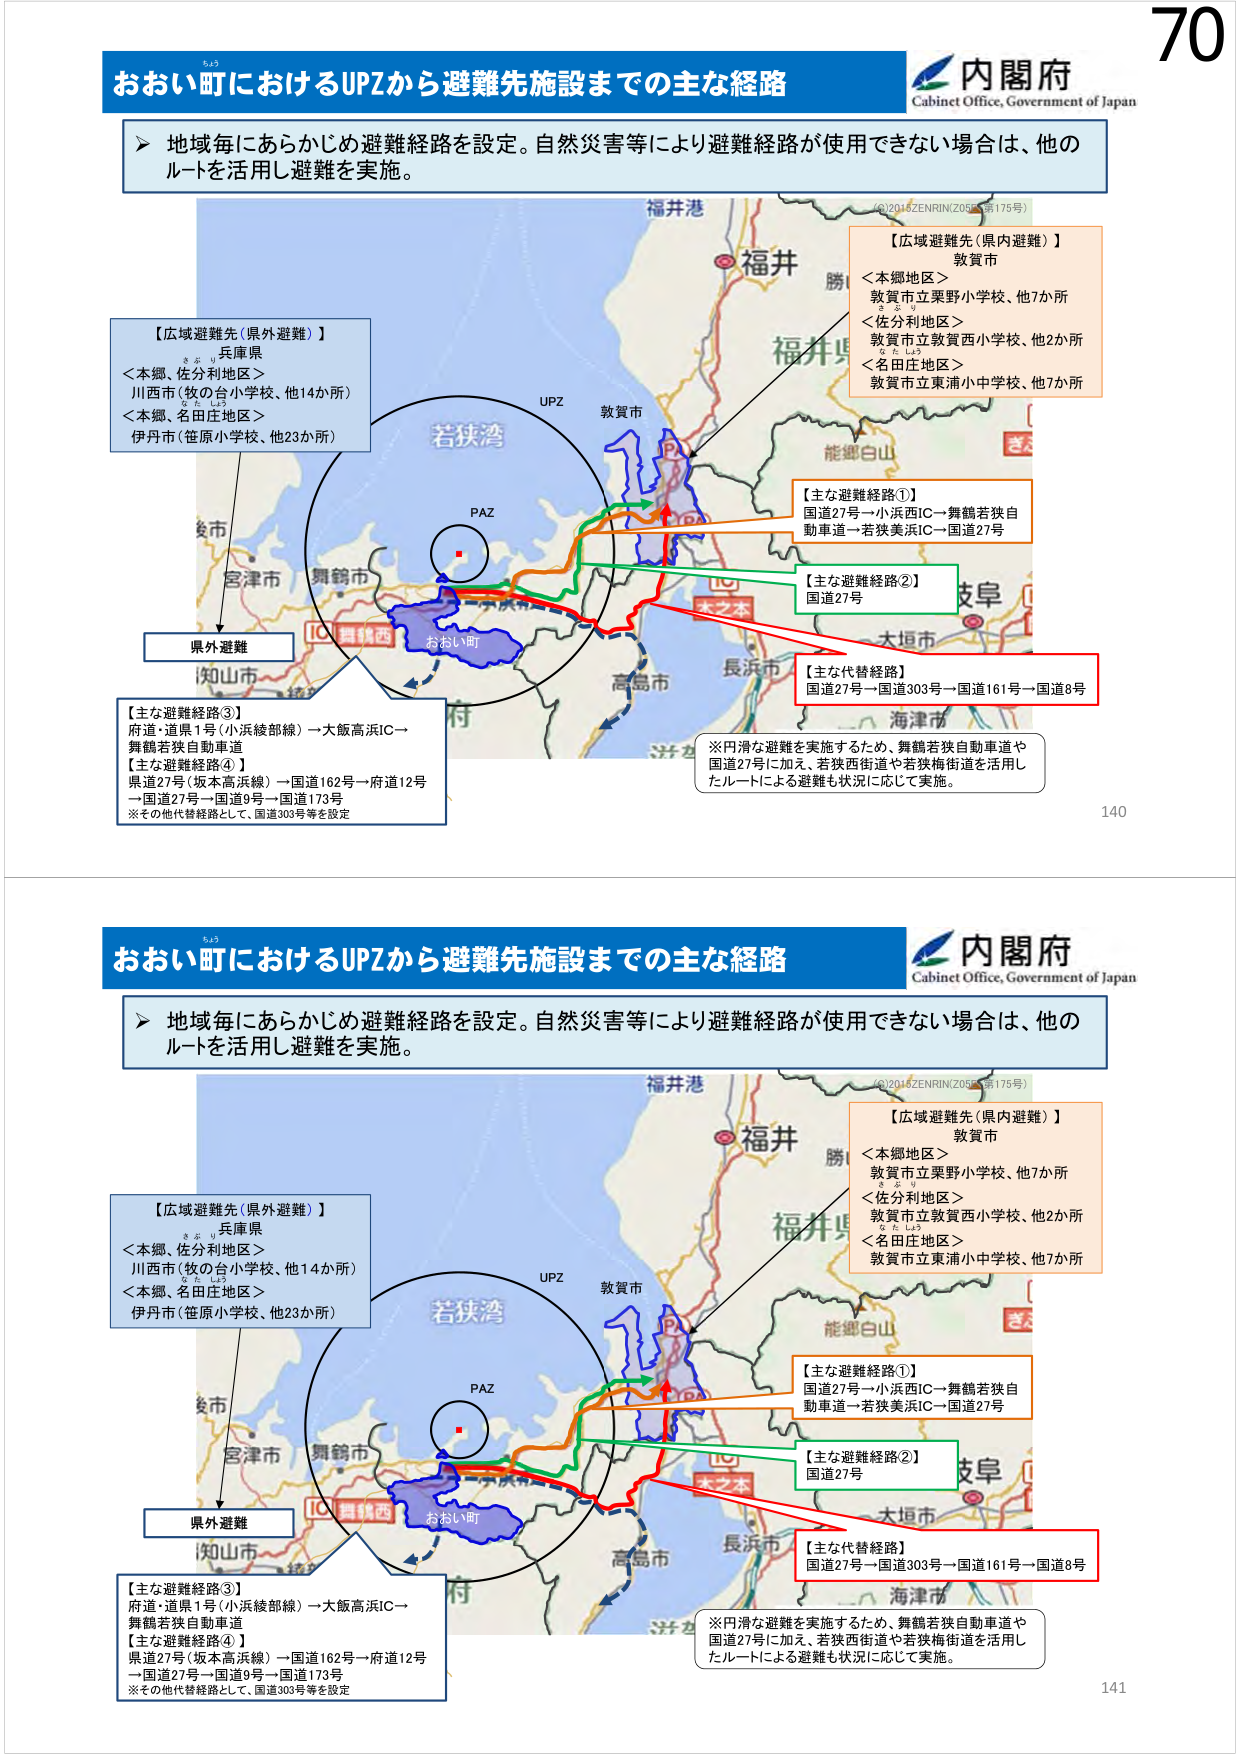
おおい町におけるUPZから避難先施設までの主な経路
内閣府
Cabinet Office, Government of Japan

▶ 地域毎にあらかじめ避難経路を設定。自然災害等により避難経路が使用できない場合は、他のルートを活用し避難を実施。

【広域避難先（県外避難）】
兵庫県
＜本郷、佐分利地区＞
川西市（牧の台小学校、他14か所）
＜本郷、名田庄地区＞
伊丹市（笹原小学校、他23か所）

【広域避難先（県内避難）】
敦賀市
＜本郷地区＞
敦賀市立栗野小学校、他7か所
＜佐分利地区＞
敦賀市立敦賀西小学校、他2か所
＜名田庄地区＞
敦賀市立東浦小中学校、他7か所

【主な避難経路①】
国道27号→小浜西IC→舞鶴若狭自動車道→若狭美浜IC→国道27号

【主な避難経路②】
国道27号

【主な代替経路】
国道27号→国道303号→国道161号→国道8号

※円滑な避難を実施するため、舞鶴若狭自動車道や国道27号に加え、若狭西街道や若狭梅街道を活用したルートによる避難も状況に応じて実施。

【主な避難経路③】
府道・道県1号（小浜綾部線）→大飯高浜IC→舞鶴若狭自動車道

【主な避難経路④】
県道27号（坂本高浜線）→国道162号→府道12号→国道27号→国道9号→国道173号
※その他代替経路として、国道303号等を設定

福井港
福井
勝山
福井県
能郷白山
敦賀市
UPZ
PAZ
若狭湾
舞鶴市
おおい町
大本
大垣市
長浜市
海津市
高島市
宮津市
京丹後市
和歌山市
©2014 ZENRIN ZOS 175号

県外避難

140
141
70